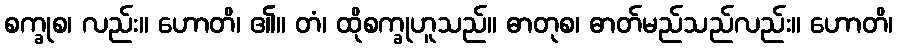
စက္ခုစ၊ လည်း။ ဟောတိ၊ ၏။ တံ၊ ထိုစက္ခုဟူသည်။ ဓာတုစ၊ ဓာတ်မည်သည်လည်း။ ဟောတိ၊